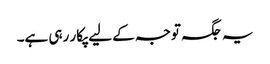
یہ جگہ توجہ کے لیے پکار رہی ہے۔